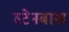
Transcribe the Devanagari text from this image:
स्टेनबाख